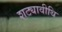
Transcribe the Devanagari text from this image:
शट्यावीथि